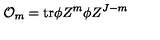
{ \cal O } _ { m } = \mathrm { t r } \phi Z ^ { m } \phi Z ^ { J - m }